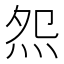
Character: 𤇘